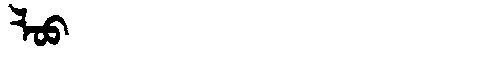
Manchu: ᠯᠣᠣ
Romanization: LOO